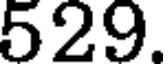
529.